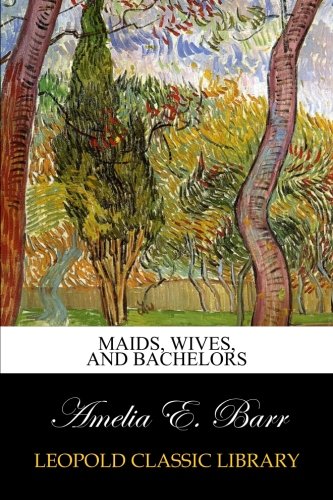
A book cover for Maids, Wives, and Bachelors; Amelia E. Barr; Religion & Spirituality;